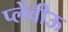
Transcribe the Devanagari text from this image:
प्लेंवीऊ